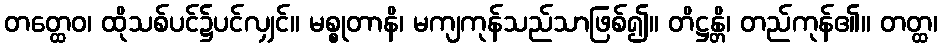
တတ္ထေဝ၊ ထိုသစ်ပင်၌ပင်လျှင်။ မစ္စုတာနိ၊ မကျကုန်သည်သာဖြစ်၍။ တိဋ္ဌန္တိ၊ တည်ကုန်၏။ တတ္ထ၊